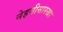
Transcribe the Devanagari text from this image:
नेहमीसारखा